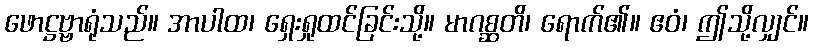
ဖောဋ္ဌဗ္ဗာရုံသည်။ အာပါထ၊ ရှေးရှုထင်ခြင်းသို့။ မာဂစ္ဆတိ၊ ရောက်၏။ ဧဝံ၊ ဤသို့လျှင်။